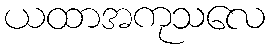
ယထာအကုသလေ